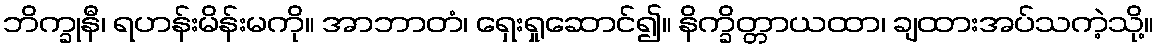
ဘိက္ခုနီ၊ ရဟန်းမိန်းမကို။ အာဘာတံ၊ ရှေးရှုဆောင်၍။ နိက္ခိတ္တာယထာ၊ ချထားအပ်သကဲ့သို့။